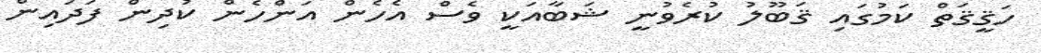
ހަޤީޤަތް ކަމުގައި ޤަބޫލު ކުރެވުނީ ޝަބާއަކީ ވެސް އެހެން އަންހެން ކުދިން ފަދައިން